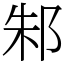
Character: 邾